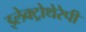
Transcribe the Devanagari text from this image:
इलेक्ट्रोथेरेपी